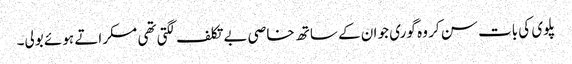
پلوی کی بات سن کر وہ گوری جو ان کے ساتھ خاصی بے تکلف لگتی تھی مسکراتے ہوئے بولی۔